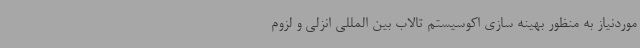
موردنیاز به منظور بهینه سازی اکوسیستم تالاب بین المللی انزلی و لزوم